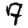
Digit: 7